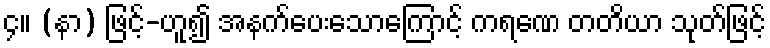
၄။ (နာ) ဖြင့်-ဟူ၍ အနက်ပေးသောကြောင့် ကရဏေ တတိယာ သုတ်ဖြင့်